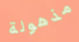
مذهولة